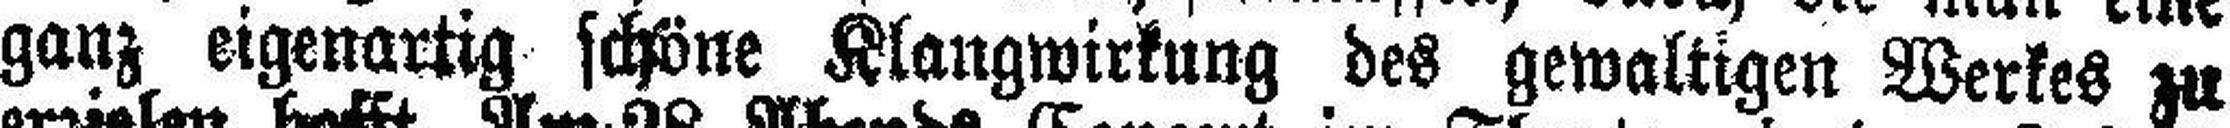
ganz eigenartig schöne Klangwirkung des gewaltigen Werkes zu